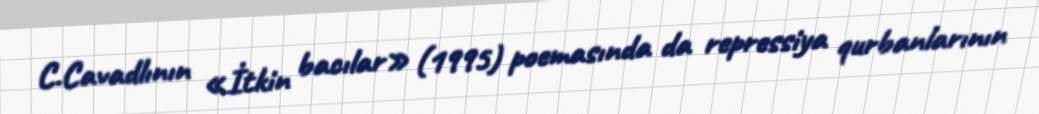
C.Cavadlının «İtkin bacılar» (1995) poemasında da repressiya qurbanlarının